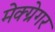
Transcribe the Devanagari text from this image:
मेक्ग्रेगर